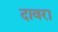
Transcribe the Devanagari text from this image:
दावरा